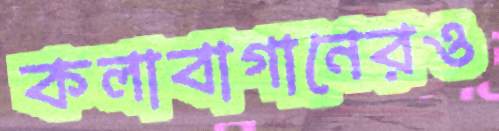
কলাবাগানেরও